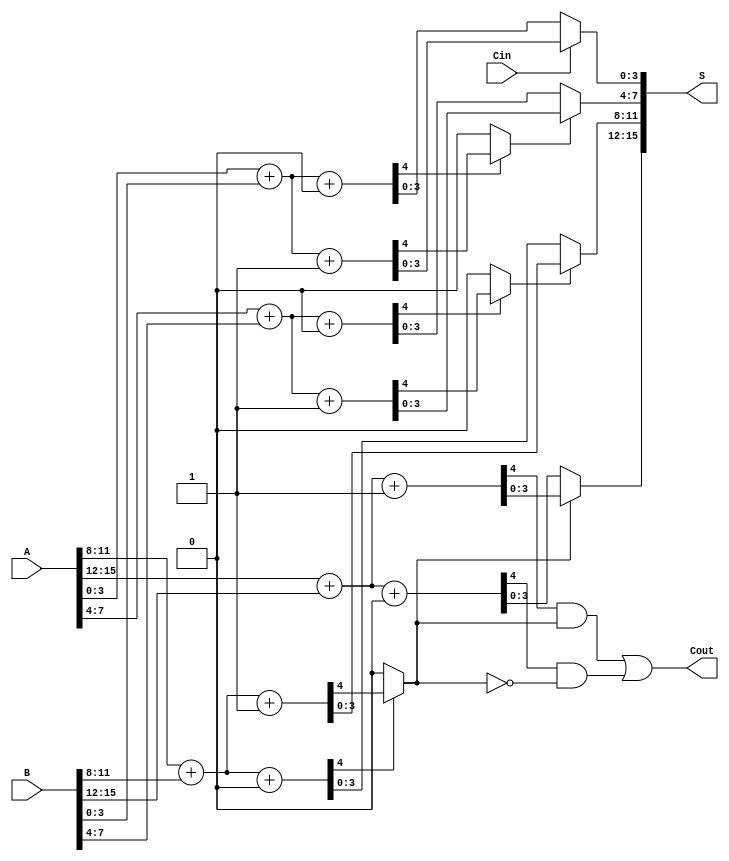
module CarrySelectAdder #(parameter N = 16) (
    input [N-1:0] A,
    input [N-1:0] B,
    input Cin,
    output [N-1:0] S,
    output Cout
);

    localparam BLOCK_SIZE = 4;
    localparam NUM_BLOCKS = N / BLOCK_SIZE;

    wire [BLOCK_SIZE-1:0] S0 [NUM_BLOCKS-1:0]; // Sums for Cin = 0
    wire [BLOCK_SIZE-1:0] S1 [NUM_BLOCKS-1:0]; // Sums for Cin = 1
    wire C0 [NUM_BLOCKS-1:0]; // Carry-out for Cin = 0
    wire C1 [NUM_BLOCKS-1:0]; // Carry-out for Cin = 1
    wire [NUM_BLOCKS-1:0] carry; // Selected carry for each block

    // Generate the blocks
    genvar i;
    generate
        for (i = 0; i < NUM_BLOCKS; i = i + 1) begin : block
            wire [BLOCK_SIZE-1:0] A_block = A[(i+1)*BLOCK_SIZE-1:i*BLOCK_SIZE];
            wire [BLOCK_SIZE-1:0] B_block = B[(i+1)*BLOCK_SIZE-1:i*BLOCK_SIZE];

            // Compute sums for Cin = 0
            assign {C0[i], S0[i]} = A_block + B_block + 1'b0;

            // Compute sums for Cin = 1
            assign {C1[i], S1[i]} = A_block + B_block + 1'b1;

            // Select carry based on the previous block's carry
            if (i == 0) begin
                assign carry[i] = Cin; // First block uses Cin directly
            end else begin
                assign carry[i] = C0[i-1] ? C1[i-1] : C0[i-1];
            end
        end
    endgenerate

    // Final sum selection
    generate
        for (i = 0; i < NUM_BLOCKS; i = i + 1) begin : sum_select
            assign S[(i+1)*BLOCK_SIZE-1:i*BLOCK_SIZE] = carry[i] ? S1[i] : S0[i];
        end
    endgenerate

    // Final carry-out
    assign Cout = C1[NUM_BLOCKS-1] & carry[NUM_BLOCKS-1] | C0[NUM_BLOCKS-1] & ~carry[NUM_BLOCKS-1];

endmodule